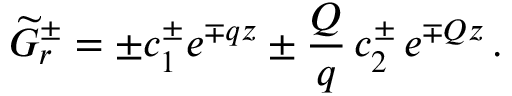
\widetilde { G } _ { r } ^ { \pm } = \pm c _ { 1 } ^ { \pm } e ^ { \mp q z } \pm \frac { Q } { q } \, c _ { 2 } ^ { \pm } \, e ^ { \mp Q z } \, .